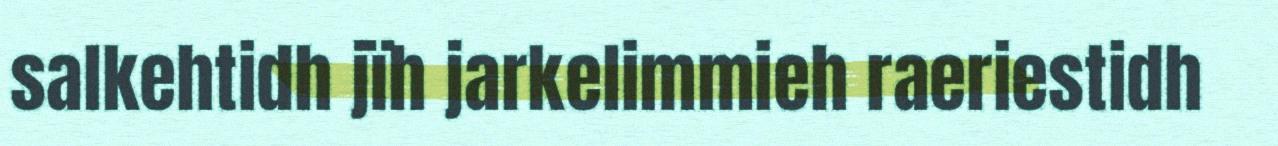
salkehtidh jïh jarkelimmieh raeriestidh